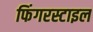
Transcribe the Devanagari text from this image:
फिंगरस्टाइल